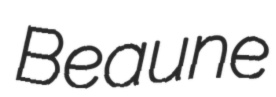
Beaune